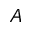
A